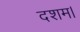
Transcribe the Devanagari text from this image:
दशम।